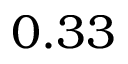
0 . 3 3